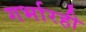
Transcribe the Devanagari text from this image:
गर्भारही